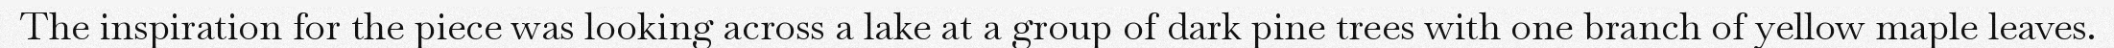
The inspiration for the piece was looking across a lake at a group of dark pine trees with one branch of yellow maple leaves.